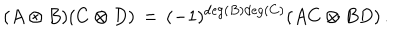
( A \otimes B ) ( C \otimes D ) \, = \, ( - 1 ) ^ { \mathrm { d e g } ( B ) \mathrm { d e g } ( C ) } ( A C \otimes B D ) \, .